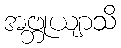
အဗ္ဘုယျာသိ